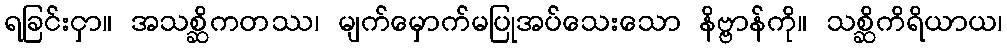
ရခြင်းငှာ။ အသစ္ဆိကတဿ၊ မျက်မှောက်မပြုအပ်သေးသော နိဗ္ဗာန်ကို။ သစ္ဆိကိရိယာယ၊